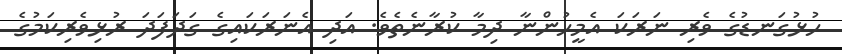
ހުޅުގަނޑުގެ ވެރި ނަރަކަ އެމީހުންނާ ދިމާ ކުރާނެތެވެ. އަދި އެނަރަކައިގެ ގަދަފަދަ ރުޅިވެރިކަމުގެ